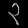
Digit: ၃